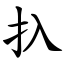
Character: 扖